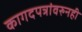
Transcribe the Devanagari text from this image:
कागदपत्रांवरुनही